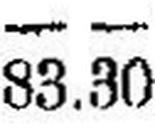
83.30